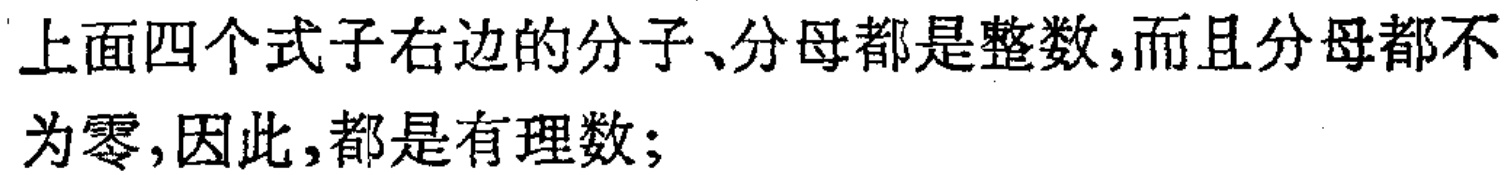
上面四个式子右边的分子、分母都是整数,而且分母都不为零,因此,都是有理数;